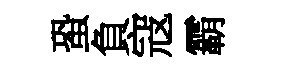
蛩負寇霸